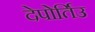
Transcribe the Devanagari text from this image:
देपोर्तिउ